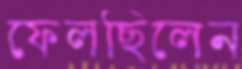
ফেলছিলেন